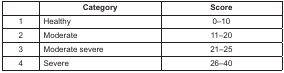
|  | Category | Score |
 | --- | --- | --- |
 | 1 | Healthy | 0–10 |
 | 2 | Moderate | 11–20 |
 | 3 | Moderate severe | 21–25 |
 | 4 | Severe | 26–40 |